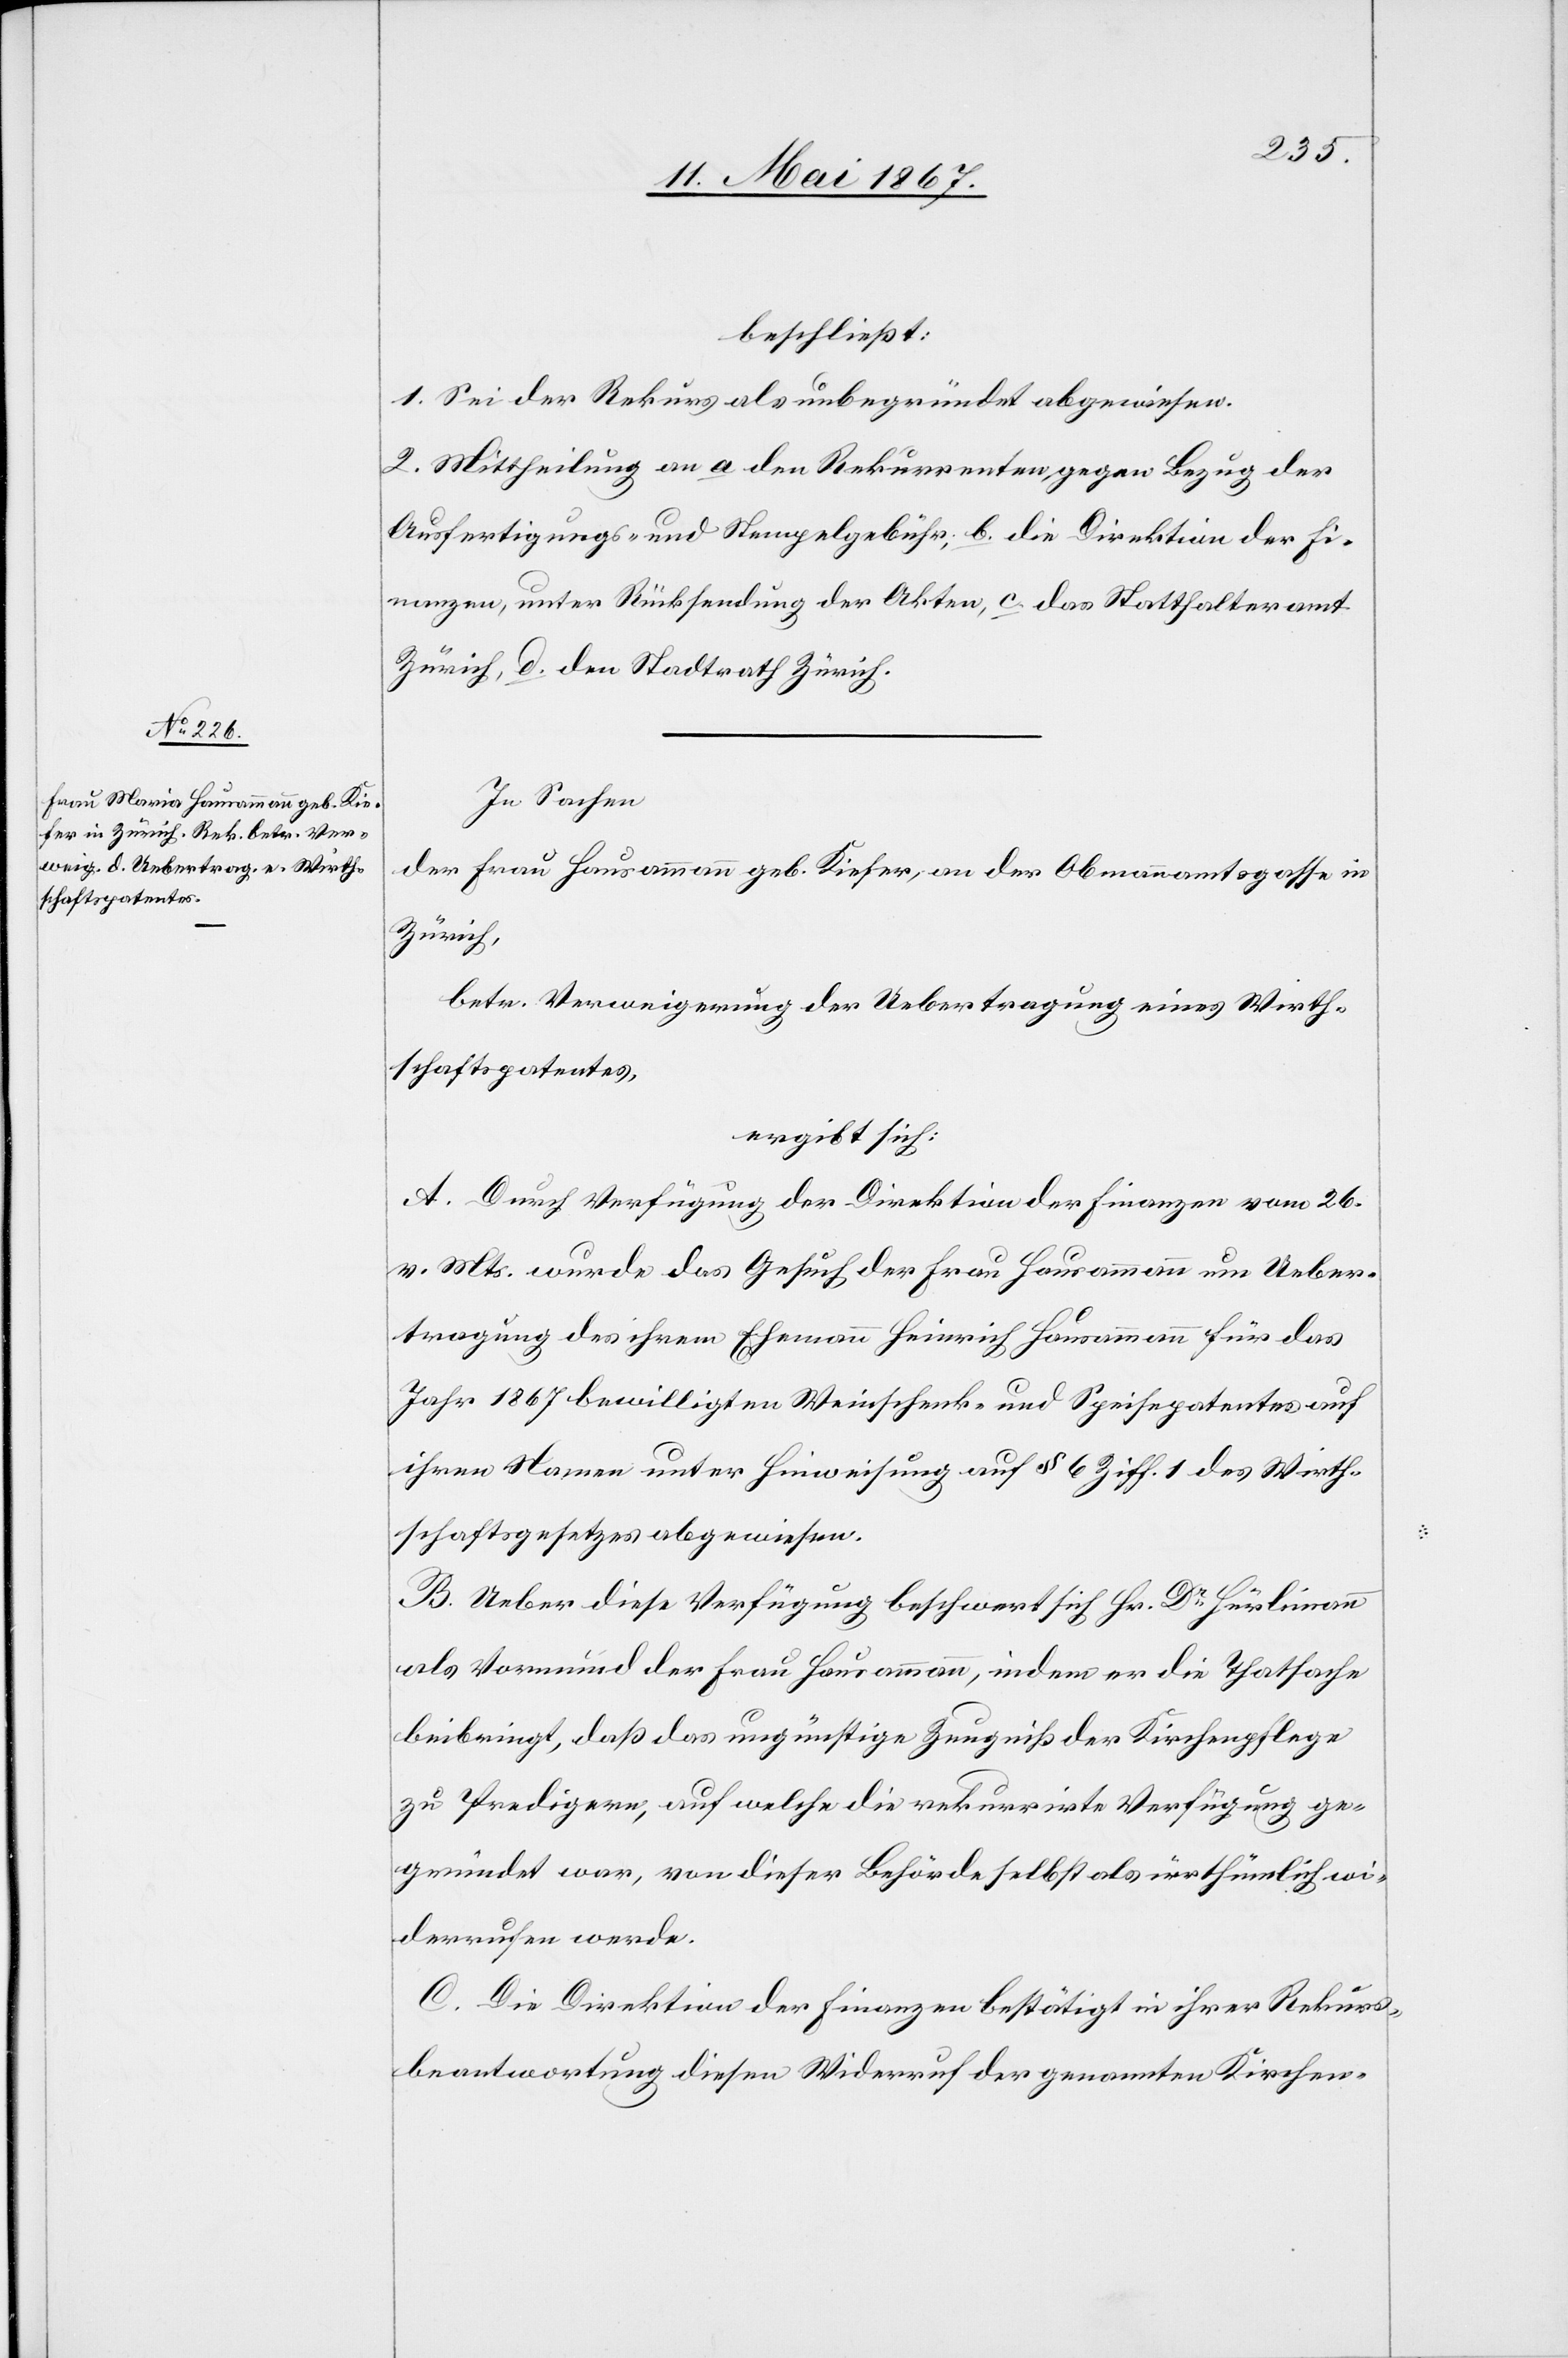
beschließt:
1. Sei der Rekurs als unbegründet abgewiesen.
2. Mittheilung an a. den Rekurrenten, gegen Bezug der
Ausfertigungs- und Stempelgebühr; b. die Direktion der Fi¬
nanzen, unter Rücksendung der Akten, c. das Statthalteramt
Zürich, d. den Stadtrath Zürich.
In Sachen
der Frau Hausammann geb. Kiefer, an der Obmannamtsgasse in
Zürich,
betr. Verweigerung der Uebertragung eines Wirth¬
schaftspatentes,
ergibt sich:
A. Durch Verfügung der Direktion der Finanzen vom 26.
v. Mts. wurde das Gesuch der Frau Hausammann um Ueber¬
tragung des ihrem Ehemann Heinrich Hausammann für das
Jahr 1867 bewilligten Weinschenk- und Speisepatentes auf
ihren Namen unter Hinweisung auf § 6 Ziff. 1 des Wirth¬
schaftsgesetzes abgewiesen.
B. Ueber diese Verfügung beschwert sich Hr. Dr. Hürlimann
als Vormund der Frau Hausammann, indem er die Thatsache
beibringt, daß das ungünstige Zeugniß der Kirchenpflege
zu Predigern, auf welche die rekurrirte Verfügung ge¬
gründet war, von dieser Behörde selbst als irrthümlich wi¬
derrufen werde.
C. Die Direktion der Finanzen bestätigt in ihrer Rekurs¬
beantwortung diesen Widerruf der genannten Kirchen-